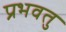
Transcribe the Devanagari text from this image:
प्रभवतु